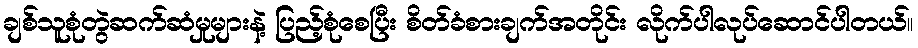
ချစ်သူစုံတွဲဆက်ဆံမှုများနဲ့ ပြည့်စုံစေပြီး စိတ်ခံစားချက်အတိုင်း လိုက်ပါလုပ်ဆောင်ပါတယ်။